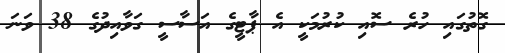
ގޮތުގައި ހުރެ ސޮއި ކުރުމަކީ އެ ޕާޓީގެ އަސާސީ ގަވާއިދުގެ 38 ވަނަ